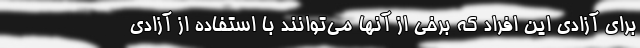
برای آزادی این افراد که برخی از آنها می‌توانند با استفاده از آزادی